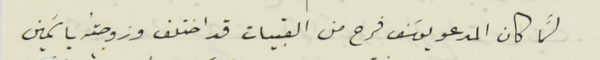
لمَّا كان المدعو يوسَف فرح من القبيات قد اختلف وزوجتَه ياسَمين